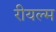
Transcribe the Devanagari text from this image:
रीयल्म